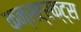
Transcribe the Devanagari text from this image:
कन्सट्रक्ट्स